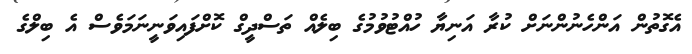
އެގޮތުން އަންހެނުންނަށް ކުރާ އަނިޔާ ހުއްޓުވުމުގެ ބިލެއް ތަސްދީގް ކޮށްފައިވަނީނަމަވެސް އެ ބިލްގެ